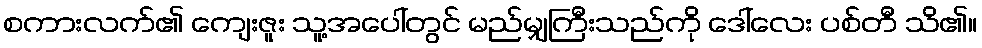
စကားလက်၏ ကျေးဇူး သူ့အပေါ်တွင် မည်မျှကြီးသည်ကို ဒေါ်လေး ပစ်တီ သိ၏။